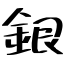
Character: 銀